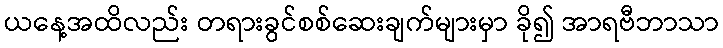
ယနေ့အထိလည်း တရားခွင်စစ်ဆေးချက်များမှာ ခို၍ အာရဗီဘာသာ